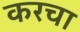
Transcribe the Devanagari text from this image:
करचा